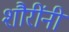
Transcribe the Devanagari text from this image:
शौरींनी